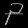
Digit: ၃